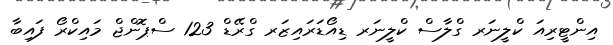
އިންޓީރިއަ ކްލީނަރ ގްލާސް ކްލީނަރ ޑިއޯޑަރައިޒަރ ގްރޭޑް 123 ސްޕޮންޖް މައިކްރޯ ފައިބާ